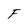
Character: F